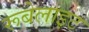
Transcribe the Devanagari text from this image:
रूबेलाइट